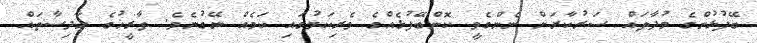
ބޭފުޅުންގެ މުދާތައް ސަރުކާރަށް ނެންގެވީ ކޮންބޭފުޅެއްގެ ވެރިކަމުގައި ކަމެއް ނޭގުނެވެ. ތާރީޚުގެ ހާދިސާތައް